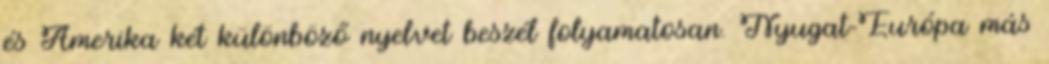
és Amerika két különböző nyelvet beszél folyamatosan. Nyugat-Európa más